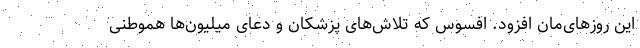
این روزهای‌مان افزود. افسوس که تلاش‌های پزشکان و دعای میلیون‌ها هموطنی